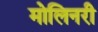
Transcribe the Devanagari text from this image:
मोलिनरी